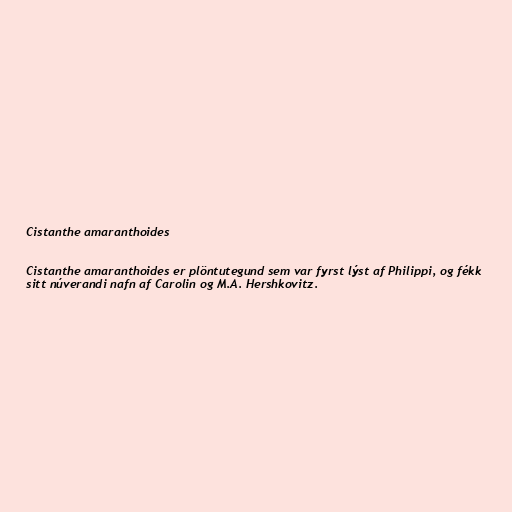
Cistanthe amaranthoides

Cistanthe amaranthoides er plöntutegund sem var fyrst lýst af Philippi, og fékk
sitt núverandi nafn af Carolin og M.A. Hershkovitz.